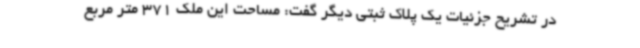
در تشریح جزئیات یک پلاک ثبتی دیگر گفت: مساحت این ملک 371 متر مربع